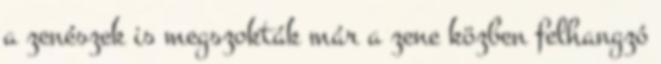
a zenészek is megszokták már a zene közben felhangzó